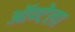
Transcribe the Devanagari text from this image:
ऑण्टेला